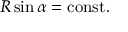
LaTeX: R \sin \alpha = { \mathrm { c o n s t . } }